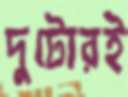
দুটোরই